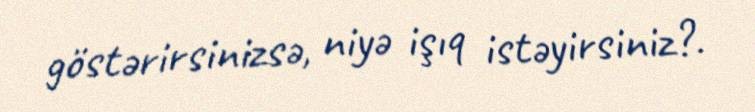
göstərirsinizsə, niyə işıq istəyirsiniz?.